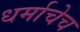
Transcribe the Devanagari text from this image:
धर्माचेच